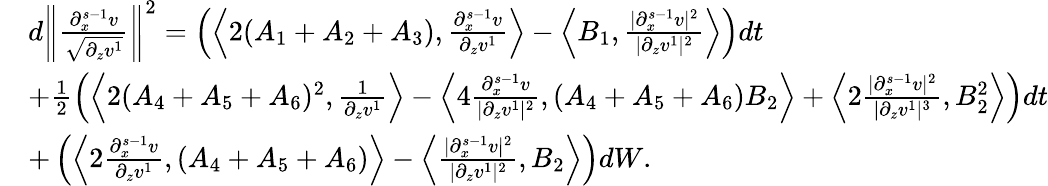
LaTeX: \begin{array}{rl}&{d\left\| \frac{\partial_{x}^{s-1}v}{\sqrt{\partial_{z}v^{1}}}\right\| ^{2}=\left(\left\langle 2(A_{1}+A_{2}+A_{3}),\frac{\partial_{x}^{s-1}v}{\partial_{z}v^{1}}\right\rangle-\left\langle B_{1},\frac{|\partial_{x}^{s-1}v|^{2}}{|\partial_{z}v^{1}|^{2}}\right\rangle\right)dt}\\ &{+\frac 12\left(\left\langle 2(A_{4}+A_{5}+A_{6})^{2},\frac 1{\partial_{z}v^{1}}\right\rangle-\left\langle 4\frac{\partial_{x}^{s-1}v}{|\partial_{z}v^{1}|^{2}},(A_{4}+A_{5}+A_{6})B_{2}\right\rangle+\left\langle 2\frac{|\partial_{x}^{s-1}v|^{2}}{|\partial_{z}v^{1}|^{3}},B_{2}^{2}\right\rangle\right)dt}\\ &{+\left(\left\langle 2\frac{\partial_{x}^{s-1}v}{\partial_{z}v^{1}},(A_{4}+A_{5}+A_{6})\right\rangle-\left\langle\frac{|\partial_{x}^{s-1}v|^{2}}{|\partial_{z}v^{1}|^{2}},B_{2}\right\rangle\right)dW.}\end{array}